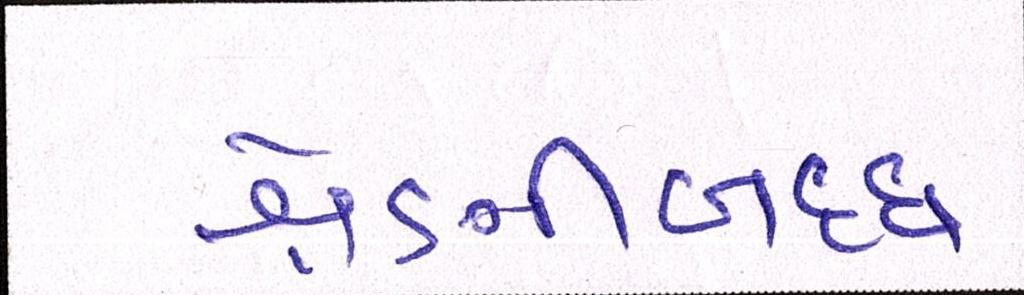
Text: શ્રેણીબધ્ધ